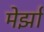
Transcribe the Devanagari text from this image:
मेर्झा